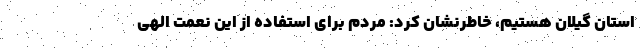
استان گیلان هستیم، خاطرنشان کرد: مردم برای استفاده از این نعمت الهی